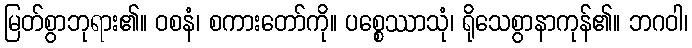
မြတ်စွာဘုရား၏။ ဝစနံ၊ စကားတော်ကို။ ပစ္စေဿာသုံ၊ ရိုသေစွာနာကုန်၏။ ဘဂဝါ၊